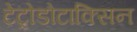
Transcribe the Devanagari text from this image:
टेट्रोडोटाक्सिन